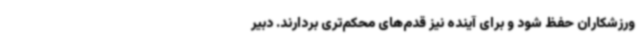
ورزشکاران حفظ شود و برای آینده نیز قدم‌های محکم‌تری بردارند. دبیر